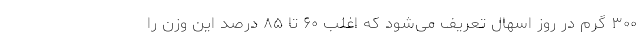
۳۰۰ گرم در روز اسهال تعریف می‌شود که اغلب ۶۰ تا ۸۵ درصد این وزن را